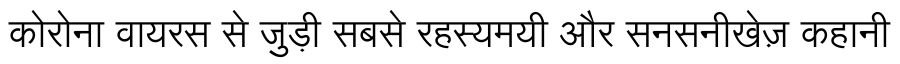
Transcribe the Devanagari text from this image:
कोरोना वायरस से जुड़ी सबसे रहस्यमयी और सनसनीखेज़ कहानी